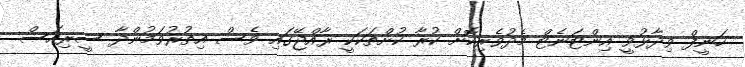
ހަނީފް ވިދާޅުވީ އިންޓަނެޓް މެދުވެރިކޮށް ކުރާ ކުށްތަކަކީ ރާއްޖޭގައި ވެސް އިތުރުވަމުންދާ ސީރިއަސް